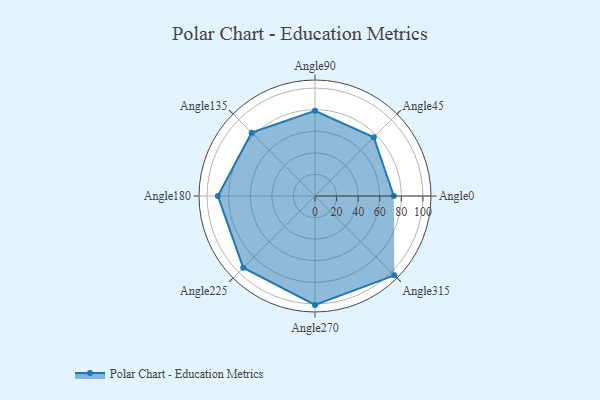
{"axis": {"x": "Angle", "y": "Radius"}, "legend": [""], "data": [{"x": "Angle0", "y": 73.0, "type": ""}, {"x": "Angle45", "y": 77.0, "type": ""}, {"x": "Angle90", "y": 79.0, "type": ""}, {"x": "Angle135", "y": 83.0, "type": ""}, {"x": "Angle180", "y": 90.0, "type": ""}, {"x": "Angle225", "y": 94.0, "type": ""}, {"x": "Angle270", "y": 101.0, "type": ""}, {"x": "Angle315", "y": 104.0, "type": ""}]}